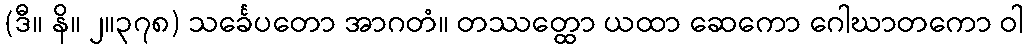
(ဒီ။ နိ။ ၂။၃၇၈) သင်္ခေပတော အာဂတံ။ တဿတ္ထော ယထာ ဆေကော ဂေါဃာတကော ဝါ